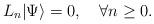
LaTeX: \begin{align*}L_n|\Psi\rangle=0, \quad\forall n\ge0.\end{align*}